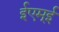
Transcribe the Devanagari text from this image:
ईएम्‌ई